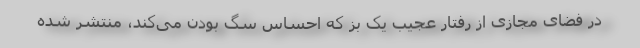
در فضای مجازی از رفتار عجیب یک بز که احساس سگ بودن می‌کند، منتشر شده